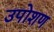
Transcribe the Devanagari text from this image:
उपोशण